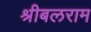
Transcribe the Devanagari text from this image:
श्रीबलराम